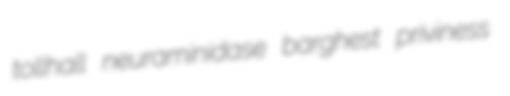
tollhall neuraminidase barghest priviness